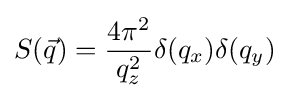
S({\vec {q}})={\frac {4\pi ^{2}}{q_{z}^{2}}}\delta (q_{x})\delta (q_{y})